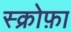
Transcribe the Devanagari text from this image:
स्क्रोफ़ा